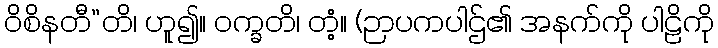
ဝိစိနတီ”တိ၊ ဟူ၍။ ဝက္ခတိ၊ တံ့။ (ဉာပကပါဌ်၏ အနက်ကို ပါဠိကို